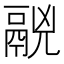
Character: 𩰷